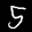
Label: 5